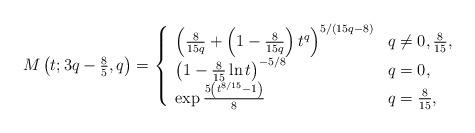
LaTeX: \begin{align*}M\left( t;3q-\tfrac{8}{5},q\right) =\left\{ \begin{array}{ll}\left( \frac{8}{15q}+\left( 1-\frac{8}{15q}\right) t^{q}\right) ^{5/\left(15q-8\right) } & q\neq 0,\tfrac{8}{15}, \\ \left( 1-\frac{8}{15}\ln t\right) ^{-5/8} & q=0, \\ \exp \frac{5\left( t^{8/15}-1\right) }{8} & q=\tfrac{8}{15},\end{array}\right. \end{align*}